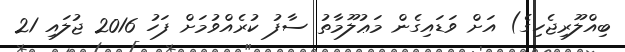
ބިއްލޫރިޖެހިގެ) އަށް ވަޑައިގެން މަޢުލޫމާތު ސާފު ކުރެއްވުމަށް ފަހު 2016 ޖުލައި 21